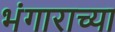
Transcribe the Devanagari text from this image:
भंगाराच्या